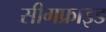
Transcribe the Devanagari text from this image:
सीगफ्राइड